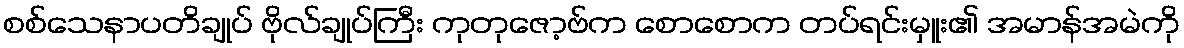
စစ်သေနာပတိချုပ် ဗိုလ်ချုပ်ကြီး ကုတုဇော့ဗ်က စောစောက တပ်ရင်းမှူး၏ အမာန်အမဲကို